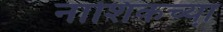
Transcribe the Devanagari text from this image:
नाशिकच्या़